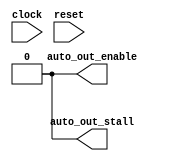
module BundleBridgeNexus_11(
  input   clock,
  input   reset,
  output  auto_out_enable,
  output  auto_out_stall
);
  assign auto_out_enable = 1'h0; // @[BaseTile.scala 271:19 BaseTile.scala 273:16]
  assign auto_out_stall = 1'h0; // @[BaseTile.scala 271:19 BaseTile.scala 272:16]
endmodule